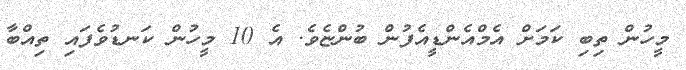
މީހުން ތިބި ކަމަށް އެމްއެންޑީއެފުން ބުންޏެވެ. އެ 10 މީހުން ކަނޑުވެފައި ތިއްބާ